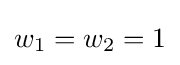
w_{1}=w_{2}=1